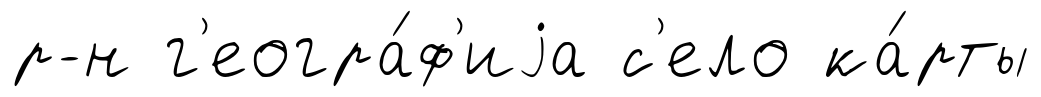
р-н г'еогра́ф'иjа с'ело ка́рты